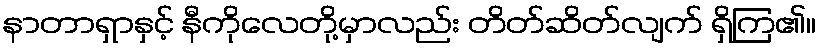
နာတာရှာနှင့် နီကိုလေတို့မှာလည်း တိတ်ဆိတ်လျက် ရှိကြ၏။